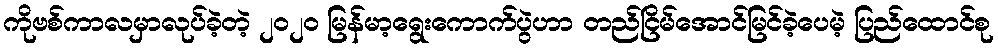
ကိုဗစ်ကာလမှာလုပ်ခဲ့တဲ့ ၂၀၂၀ မြန်မာ့ရွေးကောက်ပွဲဟာ တည်ငြိမ်အောင်မြင်ခဲ့ပေမဲ့ ပြည်ထောင်စု